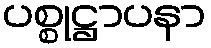
ပစ္စုဋ္ဌာပနာ